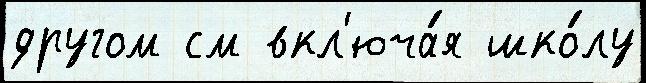
другом см вкл'юча́я шко́лу